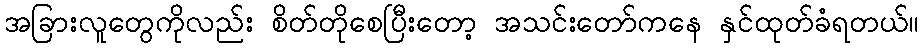
အခြားလူတွေကိုလည်း စိတ်တိုစေပြီးတော့ အသင်းတော်ကနေ နှင်ထုတ်ခံရတယ်။